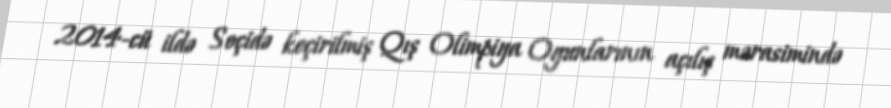
2014-cü ildə Soçidə keçirilmiş Qış Olimpiya Oyunlarının açılış mərasimində